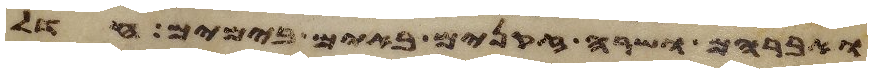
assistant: ואברהם ושרה זקנים באים בימים חדל